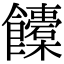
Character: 𩟰